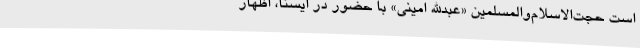
است حجت‌الاسلام‌والمسلمین «عبدالله امینی» با حضور در ایسنا، اظهار